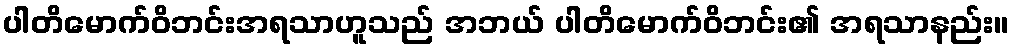
ပါတိမောက်ဝိဘင်းအရသာဟူသည် အဘယ် ပါတိမောက်ဝိဘင်း၏ အရသာနည်း။